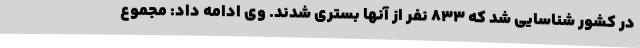
در کشور شناسایی شد که 833 نفر از آنها بستری شدند. وی ادامه داد: مجموع